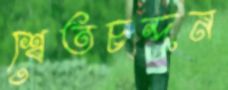
শ্বেতচন্দন